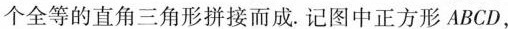
个全等的直角三角形拼接而成。记图中正方形ABCD，